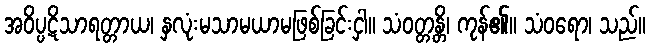
အဝိပ္ပဋိသာရတ္တာယ၊ နှလုံးမသာမယာမဖြစ်ခြင်းငှါ။ သံဝတ္တန္တိ၊ ကုန်၏။ သံဝရော၊ သည်။